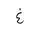
Letter: _gayn